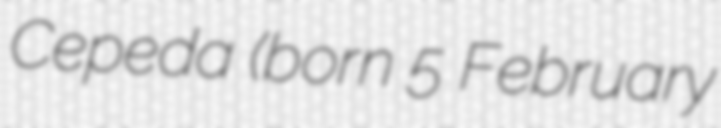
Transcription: Cepeda (born 5 February